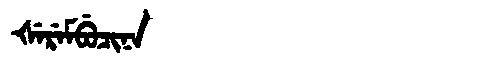
Manchu: ᡧᡝᡵᡝᠮᠪᡠᠴᡳᠨᠠ
Romanization: ŠEREMBUCINA